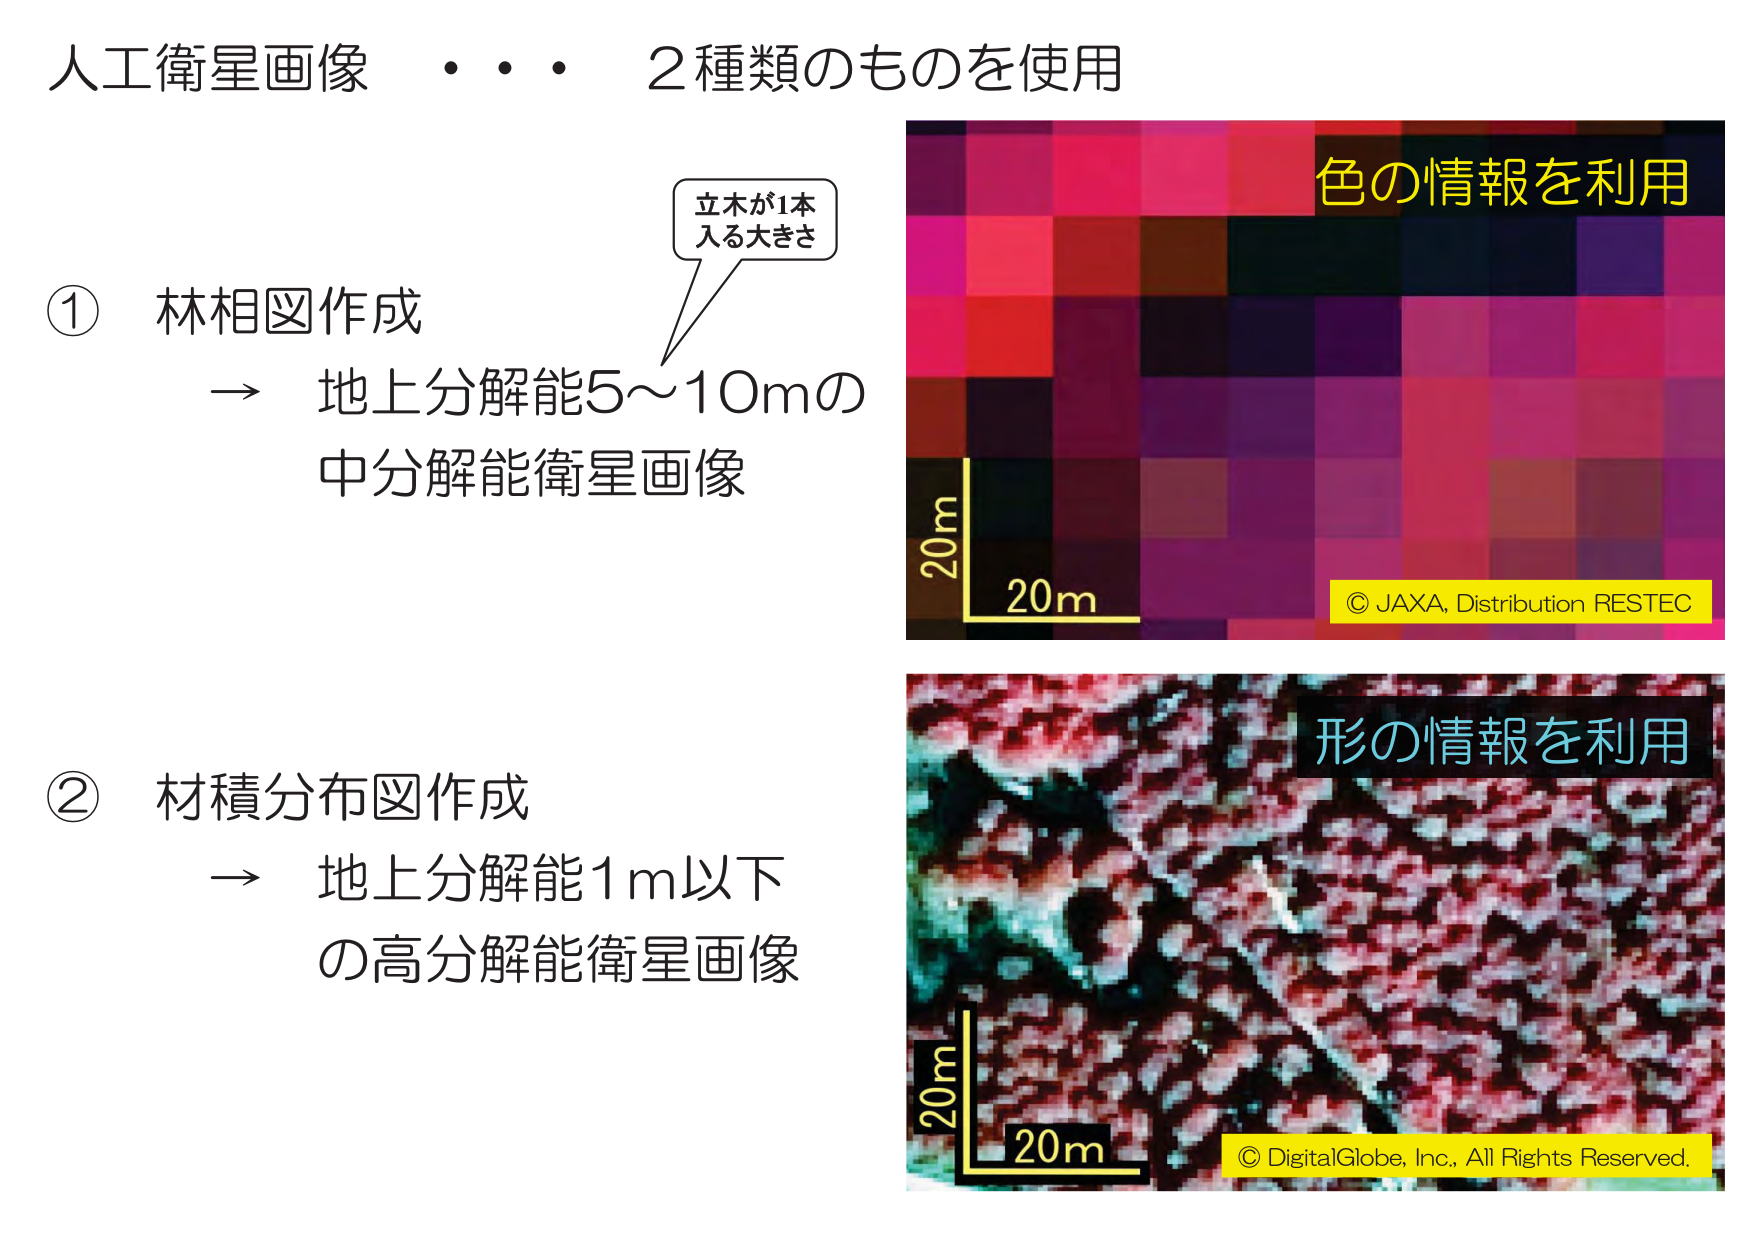
人工衛星画像・・・2種類のものを使用

① 林相図作成
→ 地上分解能5～10mの中分解能衛星画像
立木が1本入る大きさ

② 材積分布図作成
→ 地上分解能1m以下の高分解能衛星画像

色の情報を利用
© JAXA, Distribution RESTEC

形の情報を利用
© DigitalGlobe, Inc., All Rights Reserved.

20m
20m
20m
20m